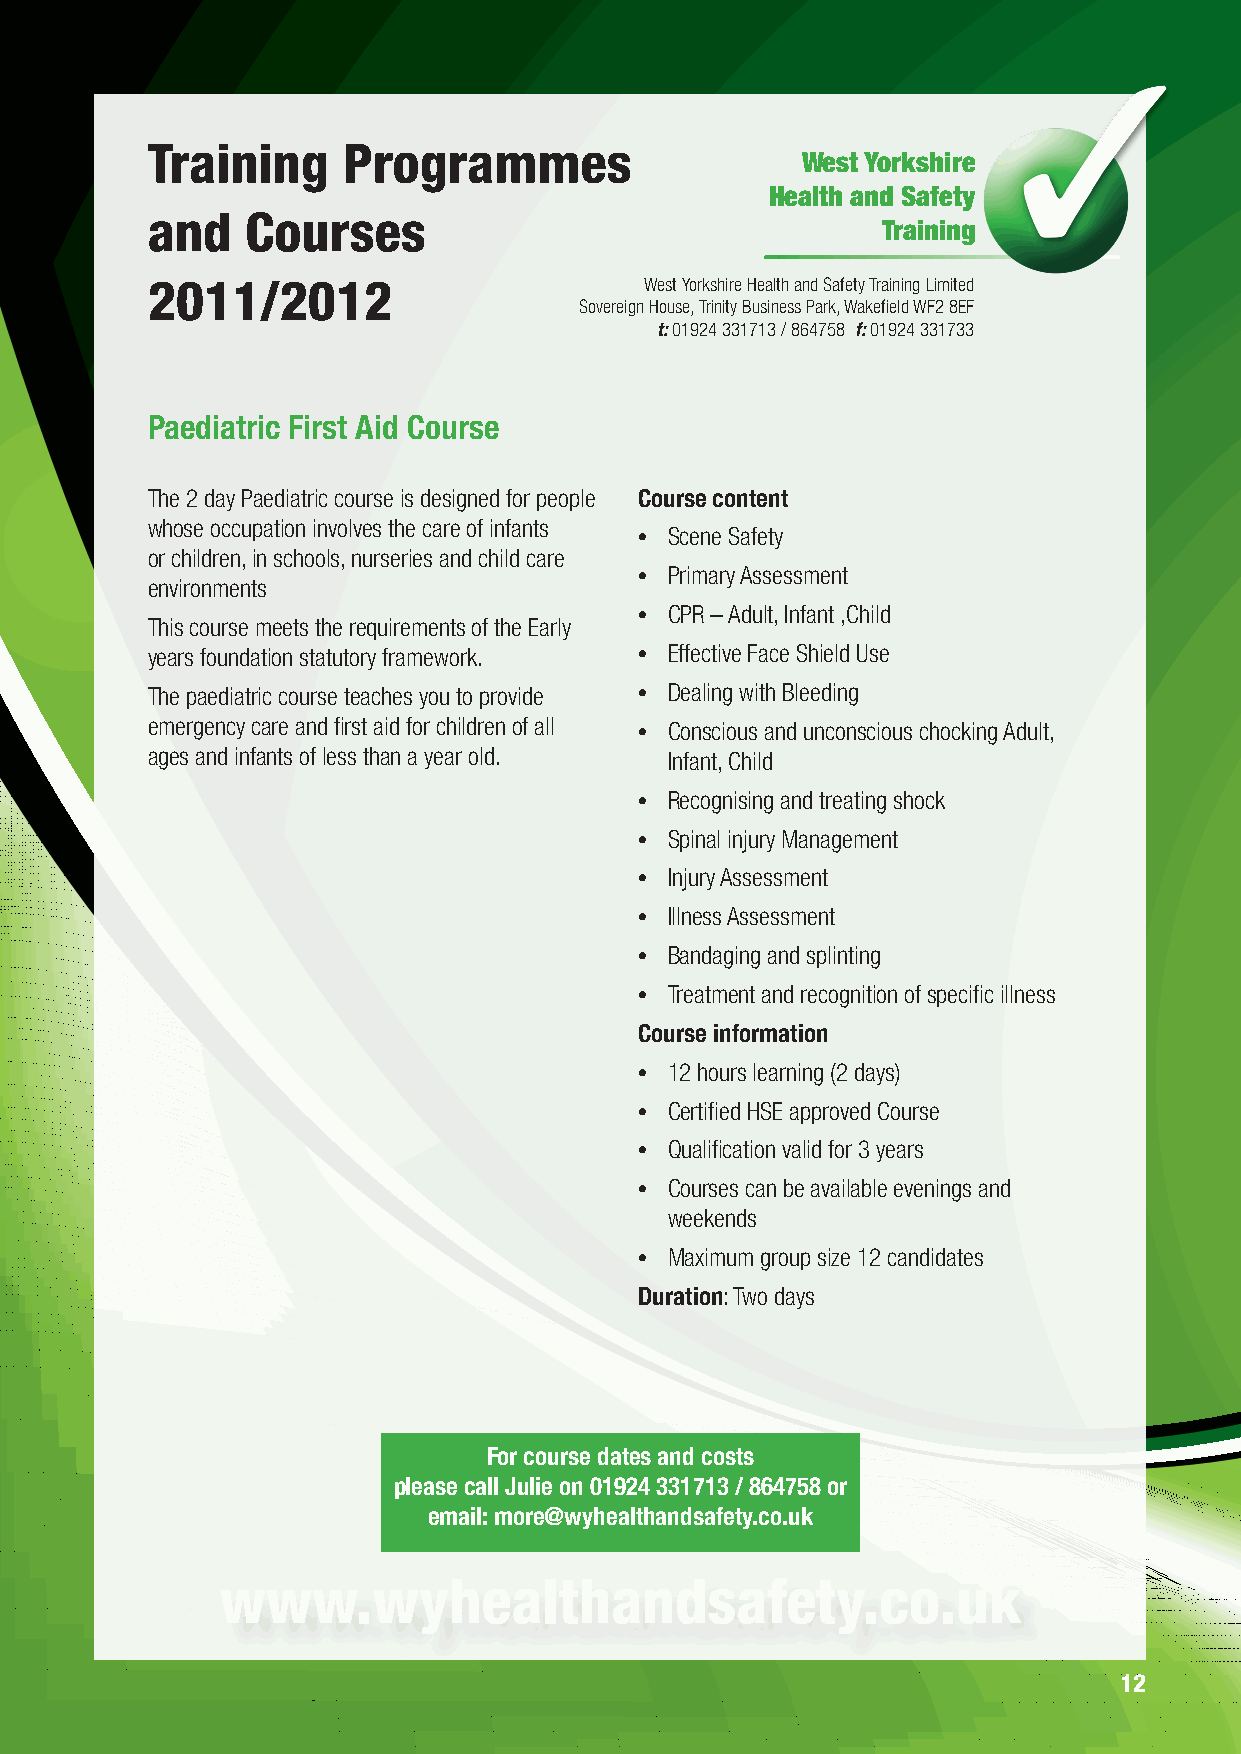
Training     Programmes
 West Yorkshire
 Health and Safety
 and   Courses
 Training
 2011/2012                        West Yorkshire Health and Safety Training Limited
 Sovereign House, Trinity Business Park, Wakefield WF2 8EF
 t: 01924 331713 / 864758 f: 01924 331733
 Paediatric First Aid Course
 The 2 day Paediatric course is designed for people Course content
 whose occupation involves the care of infants
 • Scene Safety
 or children, in schools, nurseries and child care
 • Primary Assessment
 environments
 • CPR – Adult, Infant ,Child
 This course meets the requirements of the Early
 years foundation statutory framework. • Effective Face Shield Use
 The paediatric course teaches you to provide • Dealing with Bleeding
 emergency care and first aid for children of all • Conscious and unconscious chocking Adult,
 ages and infants of less than a year old. Infant, Child
 • Recognising and treating shock
 • Spinal injury Management
 • Injury Assessment
 • Illness Assessment
 • Bandaging and splinting
 • Treatment and recognition of specific illness
 Course information
 • 12 hours learning (2 days)
 • Certified HSE approved Course
 • Qualification valid for 3 years
 • Courses can be available evenings and
 weekends
 • Maximum group size 12 candidates
 Duration: Two days
 For course dates and costs
 please call Julie on 01924 331713 / 864758 or
 email: more@wyhealthandsafety.co.uk
 www.wyhealthandsafety.co.uk
 12